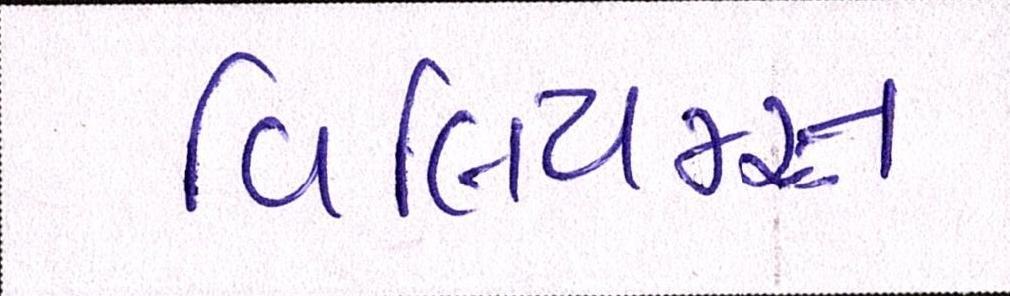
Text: વિલિયમ્સ